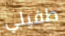
طفيلي